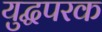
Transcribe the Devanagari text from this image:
युद्धपरक